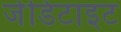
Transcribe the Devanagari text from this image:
जेडिटाइट